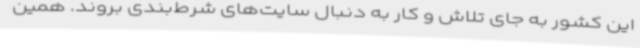
این کشور به جای تلاش و کار به دنبال سایت‌های شرط‌بندی بروند. همین